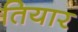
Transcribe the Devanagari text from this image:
तियार